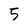
Character: 5